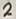
Text: 2